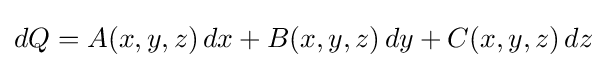
dQ=A(x,y,z)\,dx+B(x,y,z)\,dy+C(x,y,z)\,dz